Vital statistics of India. Vol. IV, Annual returns from 1871 to 1876. British Army of India, Native Army and jails of Bengal
Year: 1871
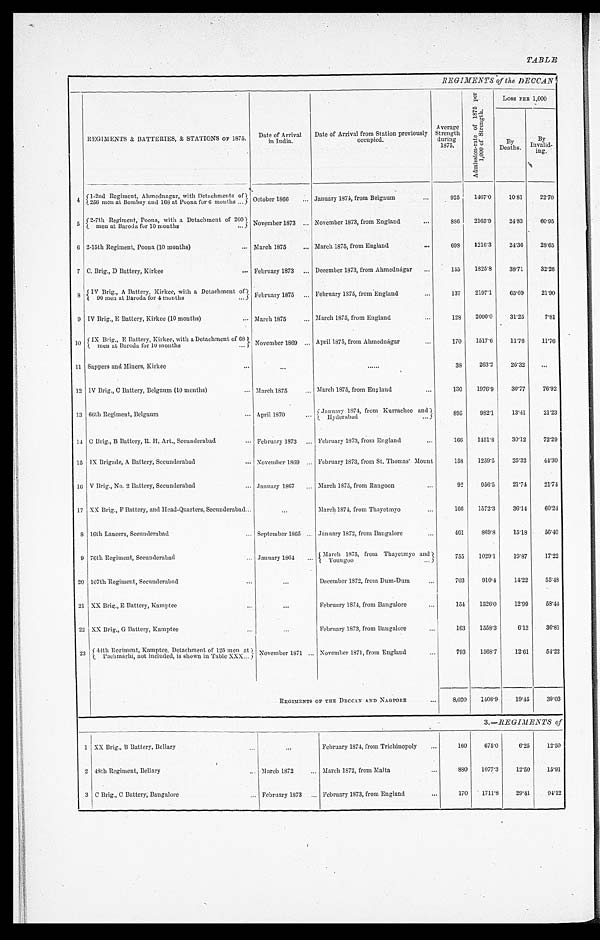
REGIMENTS & BATTERIES, & STATIONS OF 1875. Date of Arrival
in India.
Date of Arrival from Station previously
occupied.
Average
Strength
during
1875.
A d m i s s i o n - r a t e o f 1 8 7 5 p e r 1 , 0 0 0 o f S t r e n g t h .
LOSS PER 1,000
By
Deaths.
By
Invalid-
ing.
4
1-2nd Regiment, Ahmednagar, with Detachments of
256 men at Bombay and 168 at Poona for 6 months . . .
O c t o b e r 1 8 6 6
. . .
J a n u r a r y 1 8 7 4 , f r o m Be l g a u m . . .
925 1467.0 10.81 22.70
5
2-7th Regiment, Poona, with a Detachment of 260
men at Baroda for 10 months ...
N o v e r m b e r 1 8 7 3
. . .
November 1873, from England
...
8 8 6
2165.9 24.83 60.95
6
2-15th Regiment, Poona (10 months)
. . . March 1875 ... March 1875, from England ...
698 1216.3 24.36 28.65
7
C. Brig., D Battery, Kirkee
... February 1873 ... December 1873, from Ahmednagar ...
155 1825.8 38.71 32.26
8
IV Brig., A Battery, Kirkee, with a Detachment of
90 men at Baroda for 4 months ...
F e b r u a r y 1 8 7 5
. . . February 1875, from England ...
137 2197.1 65.69 21.90
9
IV Brig., E Battery, Kirkee (10 months)
... March 1875
... March 1875, from England
...
128 2000.0 31.25
7.81
1 0
Brig., E Battery, Kirkee, with a Detachment of 68
men at Baroda for 10 months ...
November 1869 ... April 1875, from Ahmednágar
...
170 1517.6 11.76 11.76
1 1
Sappers and Miners, Kirkee
...
. . .
......
38
263.2 26.32
1 2
IV Brig., C Battery, Belgaum (10 months)
... March 1875
... March 1875, from England
...
130 1976.9 30.77 76.92
1 3
66th Regiment, Belgaum ...
April 1870
...
January 1874, from Kurrachee and
Hyderabad ...
895
982.1 13.41 21.23
1 4 C Brig., B Battery, R. H. Art., Secunderabad ... February 1873 ... February 1873, from England
...
166 1451.8 30.12 72.29
1 5
IX Brigade, A Battery, Secunderabad
... November 1869 ... February 1873, from St. Thomas' Mount ...
158 1259.5 25.32 44.30
1 6
V Brig., No. 2 Battery, Secunderabad
... January 1867 ... March 1875, from Rangoon
...
92
956.5 21.74 21.74
1 7
XX Brig., F Battery, and Head-Quarters, Secunderabad...
...
March 1874, from Thayetmyo ...
166 1572.3 36.14
60.24
8
16th Lancers, Secunderabad
... September 1865 ... January 1872, from Bangalore
...
461
869.8 15.18 56.40
9
76th Regiment, Secunderabad
... January 1864 ... March 1875 , from Thayetmyo and Toungoo ...
755 1029.1 19.87 17.22
2 0
107th Regiment, Secunderabad
...
...
December 1872, from Dum-
Dum
...
703
910.4 14.22 55.48
2 1
XX Brig., E Battery, Kamptee ...
. . .
F e b r u a r y 1 8 7 4 , f r o m Ba n g a l o r e . . .
154 1526.0 12.99 58.44
2 2
XX Brig„ G Battery, Kamptee ...
...
F e b r u a r y 1 8 7 3 , f r o m Ba n g a l o r e . . .
163 1558.3
6.13 36.81
2 3
44th Regiment, Kamptee, Detachment of 125 men at
Pachmárhi, not included, is shown in Table XXX ... November 1871, . . .
November 1871, from England
...
793 1568.7
12.61 54.22
REGIMENTS OF THE DECCAN AND NAGPORE . . . 8,020 1408.9 19.45 39.03
3.—REGIMENTS of
1 XX Brig., B Battery, Bellary ...
. . .
February 1874, from Trichinopoly ...
160 675.0
6.25 12.50
2 48th Regiment, Bellary
... March 1872
... March 1872, from Malta ...
8 8 0
1077.3 12.50 15.91
3 C Brig., C Battery; Bangalore
... February 1873 ...
February 1873, from England ...
1 7 0
1711.8 29.41 94.12